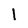
Character: 1